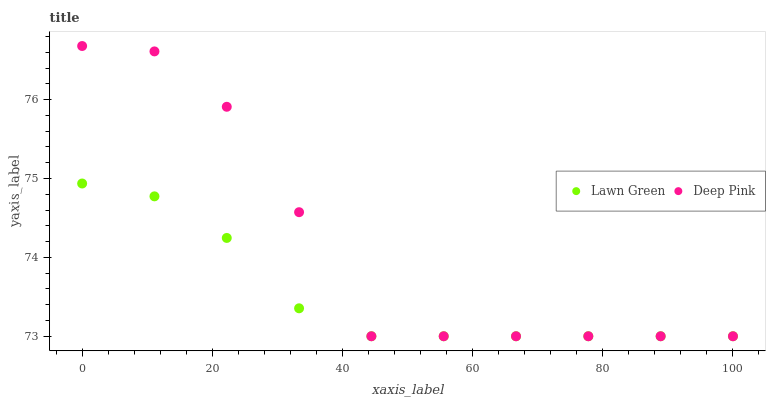
| xaxis_label | Lawn Green | Deep Pink |
 | --- | --- | --- |
 | 0 | 74.9 | 76.7 |
 | 11.1 | 74.8 | 76.6 |
 | 22.2 | 74.2 | 75.9 |
 | 33.3 | 73.4 | 74.6 |
 | 44.4 | 73 | 73 |
 | 55.6 | 73 | 73 |
 | 66.7 | 73 | 73 |
 | 77.8 | 73 | 73 |
 | 88.9 | 73 | 73 |
 | 100 | 73 | 73 |